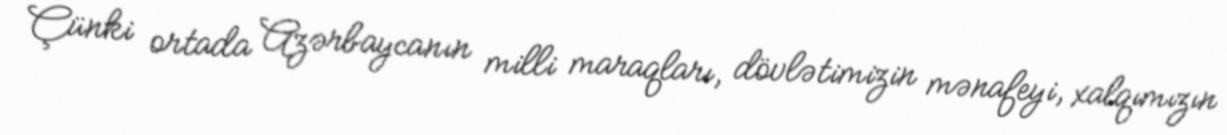
Çünki ortada Azərbaycanın milli maraqları, dövlətimizin mənafeyi, xalqımızın